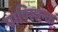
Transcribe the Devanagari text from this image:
पाण्सिल्क